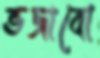
ভজাবো